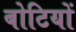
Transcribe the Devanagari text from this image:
बोटियों